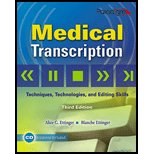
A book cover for Medical Transcription: Techniques, Technologies, and Editing Skills; Alice G. Ettinger; Medical Books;